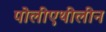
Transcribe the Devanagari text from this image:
पोलीएथीलीन